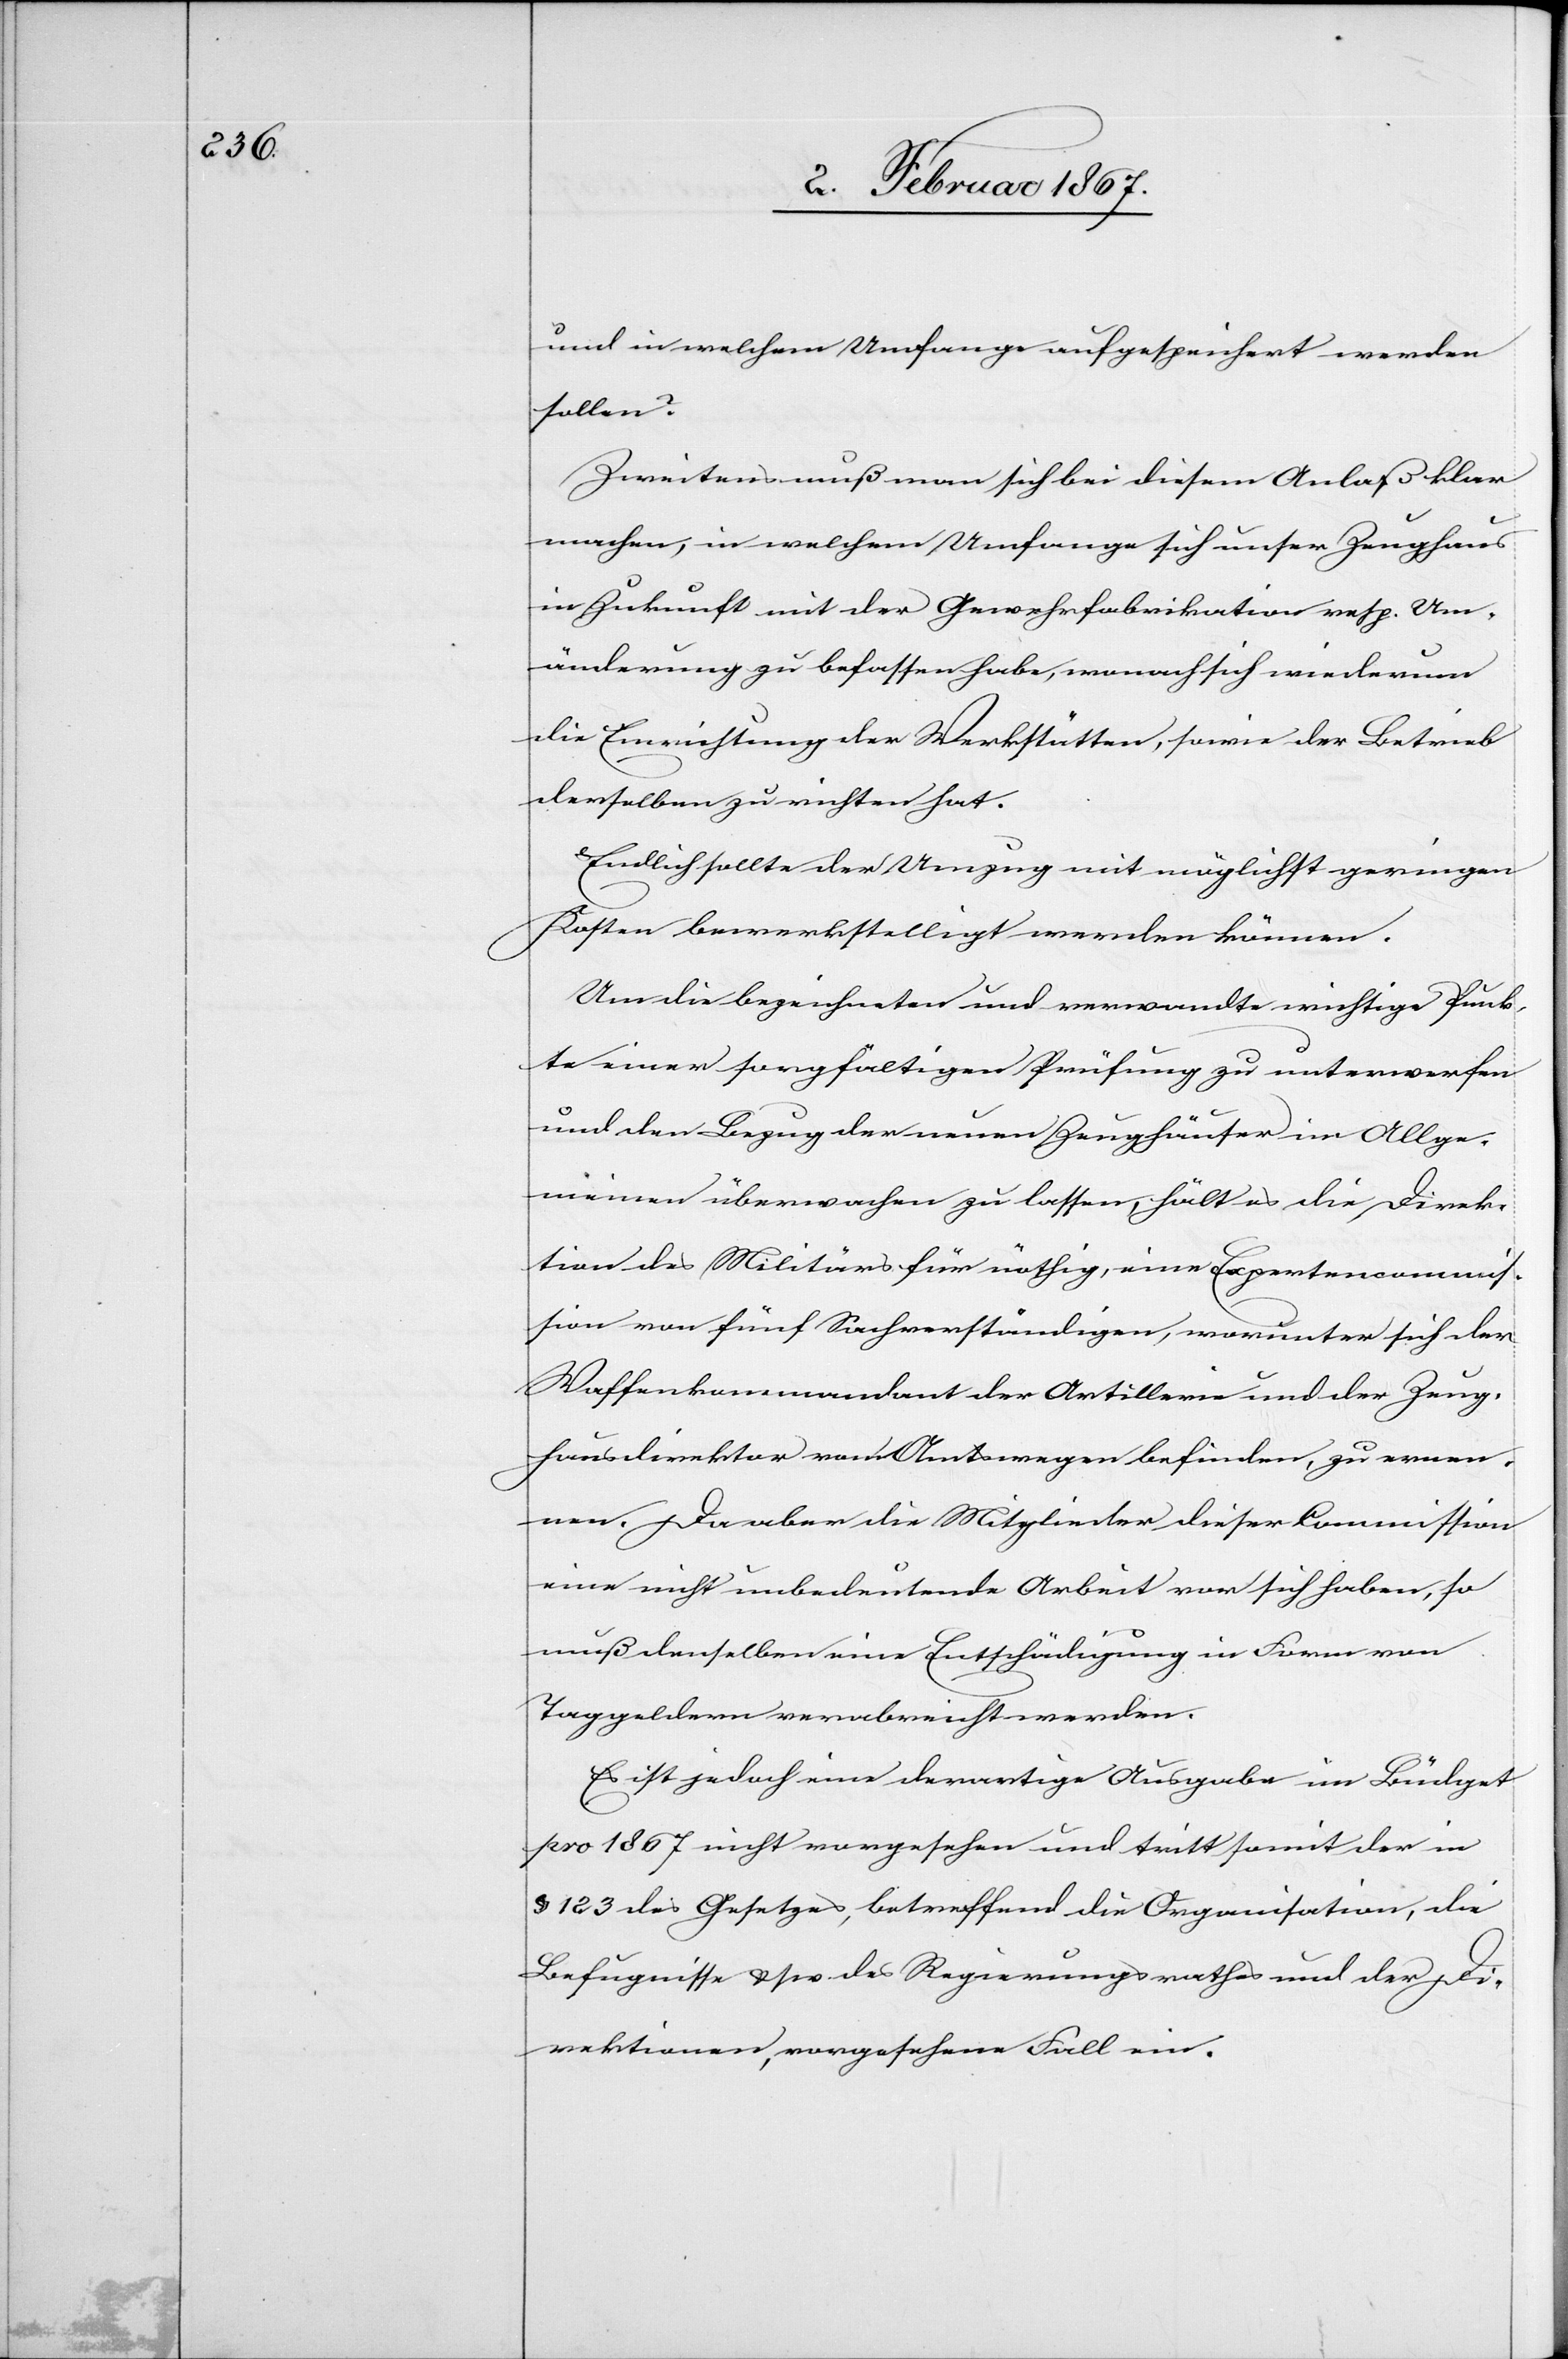
und in welchem Umfange aufgespeichert werden
sollen?
Zweitens muß man sich bei diesem Anlaß klar
machen, in welchem Umfange sich unser Zeughaus
in Zukunft mit der Gewehrfabrikation resp. Um¬
änderung zu befassen habe, wonach sich wiederum
die Errichtung der Werkstätten, sowie der Betrieb
derselben zu richten hat.
Endlich sollte der Umzug mit möglichst geringen
Kosten bewerkstelligt werden können.
Um die bezeichneten und verwandte wichtige Punk¬
te einer sorgfältigen Prüfung zu unterwerfen
und den Bezug der neuen Zeughäuser im Allge¬
meinen überwachen zu lassen, hält es die Direk¬
tion des Militärs für nöthig, eine Expertencommis¬
sion von fünf Sachverständigen, worunter sich der
Waffenkommandant der Artillerie und der Zeug¬
hausdirektor von Amtswegen befinden, zu ernen¬
nen. Da aber die Mitglieder dieser Commission
eine nicht unbedeutende Arbeit vor sich haben, so
muß denselben eine Entschädigung in Form von
Taggeldern verabreicht werden.
Es ist jedoch eine derartige Ausgabe an Budget
pro 1867 nicht vorgesehen und tritt somit der in
§ 123 des Gesetzes, betreffend die Organisation, die
Befugnisse usw. des Regierungsrathes und der Di¬
rektionen, vorgesehene Fall ein.